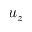
u _ { z }